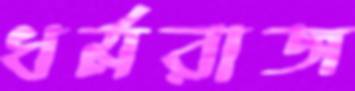
ধর্মরাজ